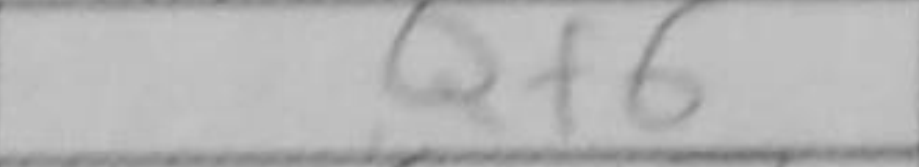
Transcription: Qf6